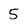
Character: 5